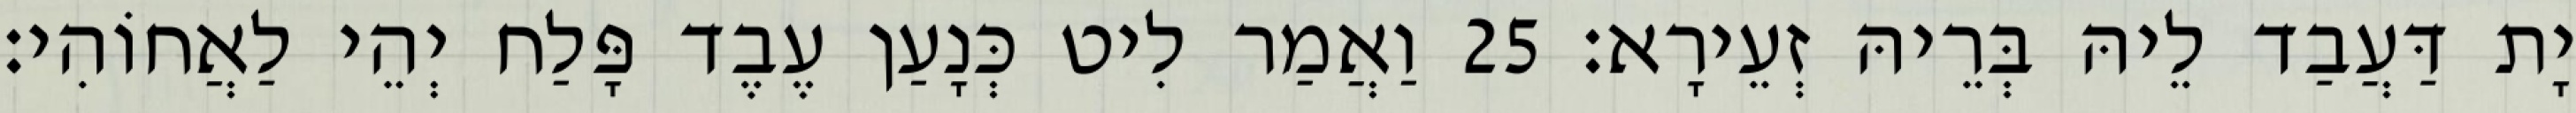
יָת דַּעֲבַד לֵיהּ בְּרֵיהּ זְעֵירָא׃ 25 וַאֲמַר לִיט כְּנָעַן עֶבֶד פָּלַח יְהֵי לַאֲחוֹהִי׃